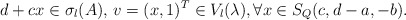
\begin{align*}d+cx\in \sigma_l(A),\,v=(x,1)^T\in V_l(\lambda),\forall x\in S_Q(c,d-a,-b).\end{align*}